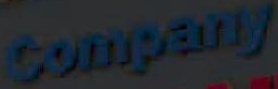
Company